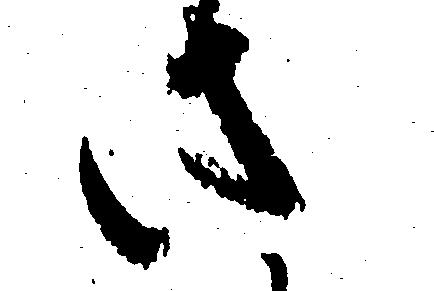
さ